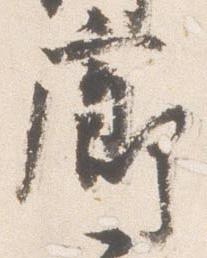
廊